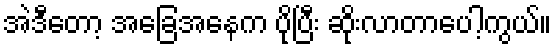
အဲဒီတော့ အခြေအနေက ပိုပြီး ဆိုးလာတာပေါ့ကွယ်။